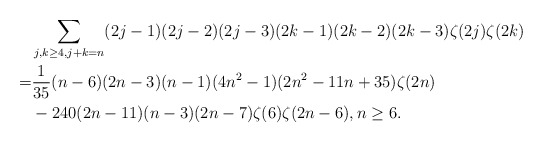
\begin{align*}\ & \sum_{j,k\ge 4, j+k=n} (2j-1)(2j-2)(2j-3) (2k-1)(2k-2)(2k-3)\zeta(2j)\zeta(2k) \\=&\frac{1}{35}(n-6)(2n-3)(n-1)(4n^2-1)(2n^2-11n+35)\zeta(2n) \\&-240(2n-11)(n-3)(2n-7) \zeta(6)\zeta(2n-6),n\ge 6.\end{align*}